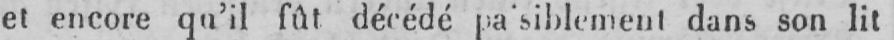
et encore qu’il fût décédé pa’siblement dans son lit